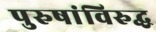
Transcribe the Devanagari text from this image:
पुरुषांविरुद्ध